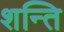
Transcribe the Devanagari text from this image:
शन्ति